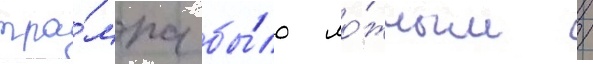
тра́мпа бы́ло ло́жным /